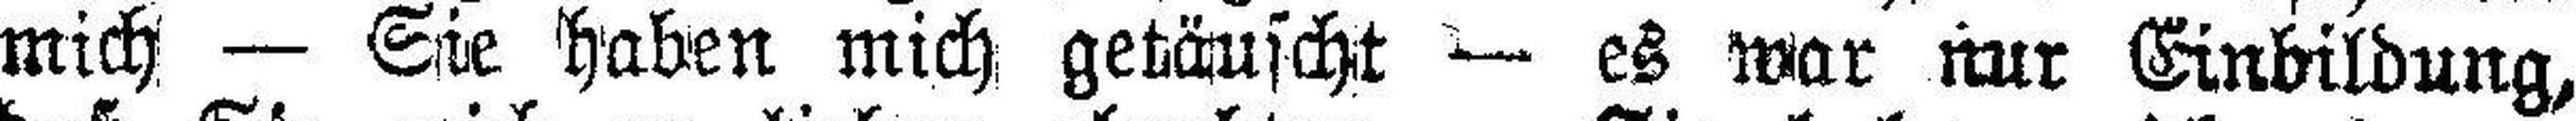
mich — Sie haben mich getäuscht — es war nur Einbildung,